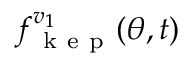
f _ { \mathrm { ~ k ~ e ~ p ~ } } ^ { v _ { 1 } } ( \theta , t )